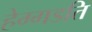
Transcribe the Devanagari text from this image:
हेग्गडति